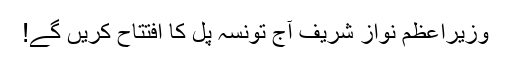
وزیراعظم نواز شریف آج تونسہ پل کا افتتاح کریں گے!